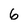
Character: 6